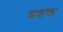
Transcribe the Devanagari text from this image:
बशक